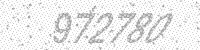
Solution: 972780